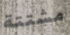
مشتتة